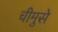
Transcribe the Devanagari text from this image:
चीमुसे